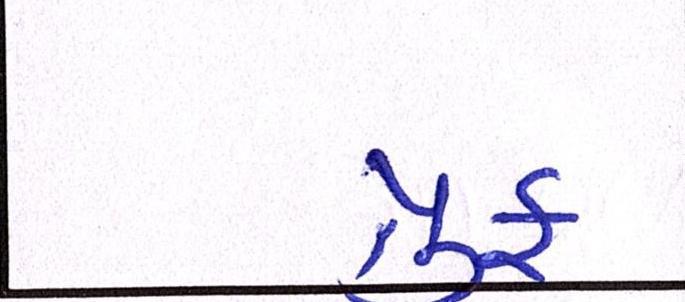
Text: પ્રુફ